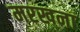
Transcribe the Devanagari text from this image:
मरखना